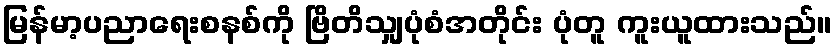
မြန်မာ့ပညာရေးစနစ်ကို ဗြိတိသျှပုံစံအတိုင်း ပုံတူ ကူးယူထားသည်။